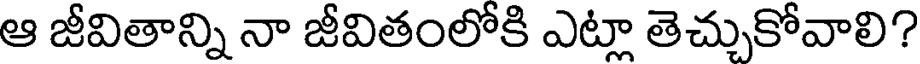
ఆ జీవితాన్ని నా జీవితంలోకి ఎట్లా తెచ్చుకోవాలి?